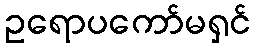
ဥရောပကော်မရှင်